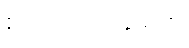
စာလိကာပဗ္ဗတေ